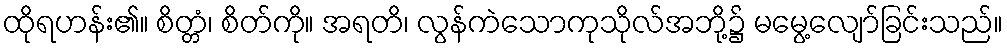
ထိုရဟန်း၏။ စိတ္တံ၊ စိတ်ကို။ အရတိ၊ လွန်ကဲသောကုသိုလ်အဘို့၌ မမွေ့လျော်ခြင်းသည်။